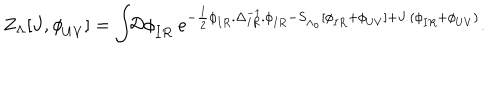
Z _ { \Lambda } [ J , \phi _ { U V } ^ { \phantom { a } } ] = \int \! \! \mathcal { D } \phi _ { I R } ^ { \phantom { a } } \ e ^ { - \frac { 1 } { 2 } \phi _ { I R } ^ { \phantom { - 1 } } . \Delta _ { I R } ^ { - 1 } . \phi _ { I R } ^ { \phantom { - 1 } } - S _ { \Lambda _ { o } } ^ { \phantom { - 1 } } [ \phi _ { I R } ^ { \phantom { - 1 } } + \phi _ { U V } ^ { \phantom { - 1 } } ] + J . ( \phi _ { I R } ^ { \phantom { - 1 } } + \phi _ { U V } ^ { \phantom { - 1 } } ) } .